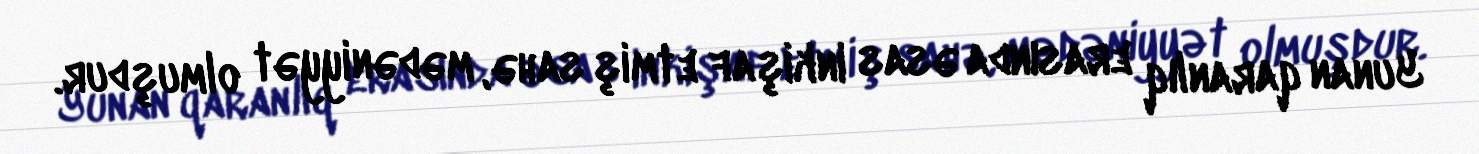
Yunan qaranlıq erasında əsas inkişaf etmiş sahə, mədəniyyət olmuşdur.